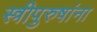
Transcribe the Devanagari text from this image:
स्त्रीपुरुषांना